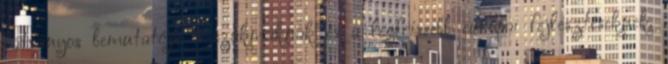
látványos bemutatója a szakmáknak és a legfrissebb európai fejlesztéseknek.